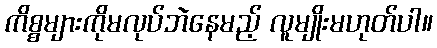
ကိစ္စများကိုမလုပ်ဘဲနေမည့် လူမျိုးမဟုတ်ပါ။